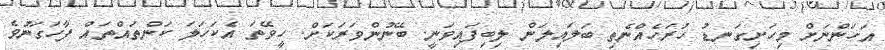
އަހަންނަށް މިހަށިގަނޑު ހުރަހެއްނެތި ބަލައިލަން ލިބިފައިވަނީ. ބޭނުންވަރަކަށް. ހީވޭތަ އެކަހަލަ ކަންތައްތައް ފާހަގަނުވެ